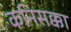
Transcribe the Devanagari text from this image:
कनिसक्का